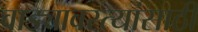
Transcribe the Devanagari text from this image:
वाड्यावस्त्यांसाठी